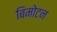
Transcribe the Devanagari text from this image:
बिमोटन